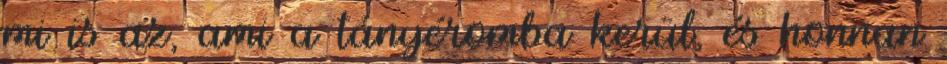
mi is az, ami a tányéromba kerül, és honnan